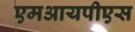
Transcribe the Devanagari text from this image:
एमआयपीएस